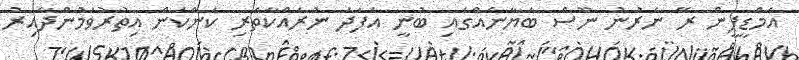
އެމްޑީޕީން ރޭ ނެރުނު ނޫސް ބަޔާނެއްގައި ބުނީ އެފަދަ ނުރައްކާތެރި ކަންކަން އިތުރުވަމުންދާއިރު